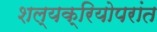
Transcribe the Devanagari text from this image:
शल्यक्रियोपरांत